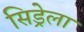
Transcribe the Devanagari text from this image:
सिड्रेला